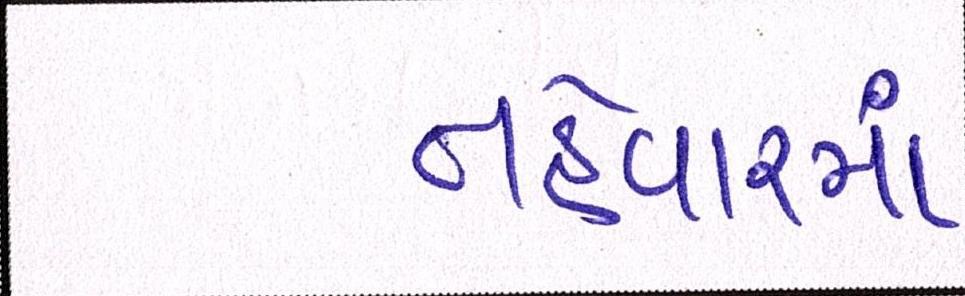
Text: તહેવારમાં